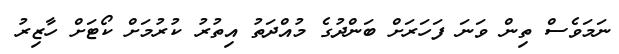
ނަމަވެސް ތިން ވަނަ ފަހަރަށް ބަންދުގެ މުއްދަތު އިތުރު ކުރުމަށް ކޯޓަށް ހާޒިރު